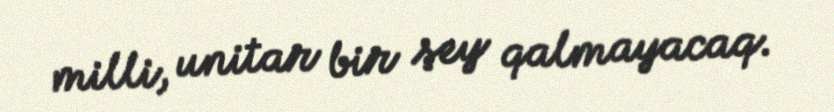
milli, unitar bir şey qalmayacaq.